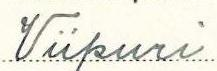
Viipuri